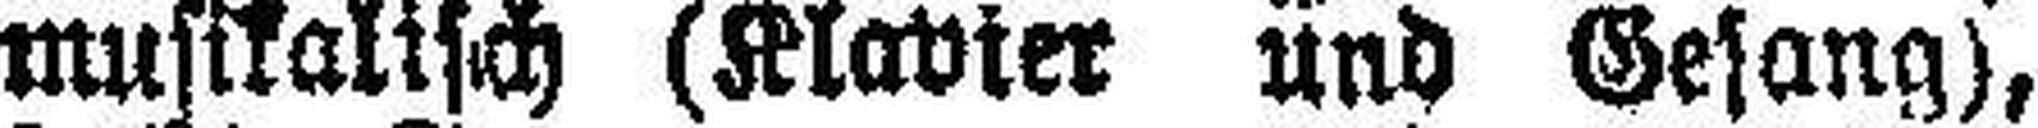
musikalisch (Klavier und Gesang),